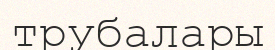
трубалары